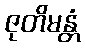
ဇုတိမန္တံ